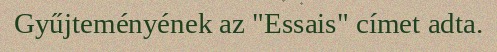
Gyűjteményének az "Essais" címet adta.